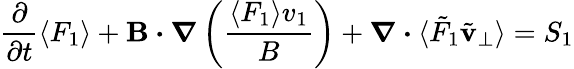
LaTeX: \frac{\partial}{\partial t}\langle F_{1}\rangle+{\mathbf B}\boldsymbol{\cdot}\boldsymbol{\nabla}\left(\frac{\langle F_{1}\rangle v_{1}}{B}\right)+\boldsymbol{\nabla}\boldsymbol{\cdot}\langle\tilde{F}_{1}\tilde{\mathbf v}_{\perp}\rangle=S_{1}